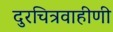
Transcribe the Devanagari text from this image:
दुरचित्रवाहीणी